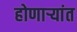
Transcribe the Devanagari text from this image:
होणाऱ्यांत